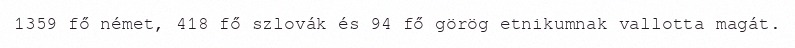
1359 fő német, 418 fő szlovák és 94 fő görög etnikumnak vallotta magát.